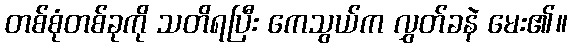
တစ်စုံတစ်ခုကို သတိရပြီး ကေသွယ်က လွှတ်ခနဲ မေး၏။